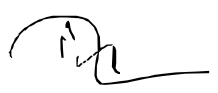
Text: in
Cross-out: wave
Writing tool: digital_black